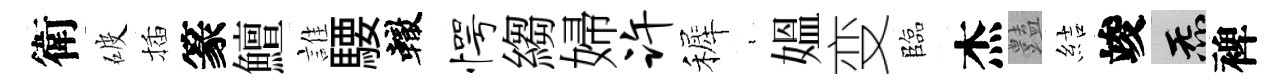
衛破插篆鱣誰騕轍愕縐婦许裤裊媪变臨杰𧰟結竣炁裨